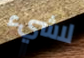
لاشيء